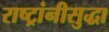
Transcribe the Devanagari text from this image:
राष्ट्रांनीसुद्धा